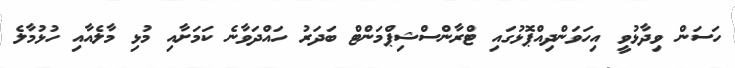
ހަސަން ވިދާޅުވީ އިހަވަންދިއްޕޮޅުގައި ޓްރާންސްޝިޕްމަންޓް ބަދަރު ހައްދަވާނެ ކަމަށާއި މުޅި މާލެއާއި ހުޅުމާލެ